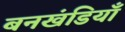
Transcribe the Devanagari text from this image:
बनखंडियाँ